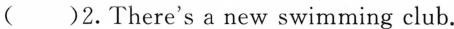
()2.There's a new swimming club.